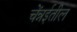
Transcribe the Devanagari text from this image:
चेंन्नईतील